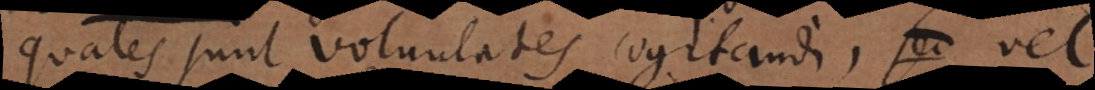
quales sunt voluntates cogitandi, vel